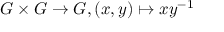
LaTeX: G \times G \to G , ( x , y ) \mapsto x y ^ { - 1 }